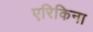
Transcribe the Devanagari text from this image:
एरिकिना